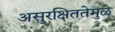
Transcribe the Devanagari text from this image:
असुरक्षिततेमुळे